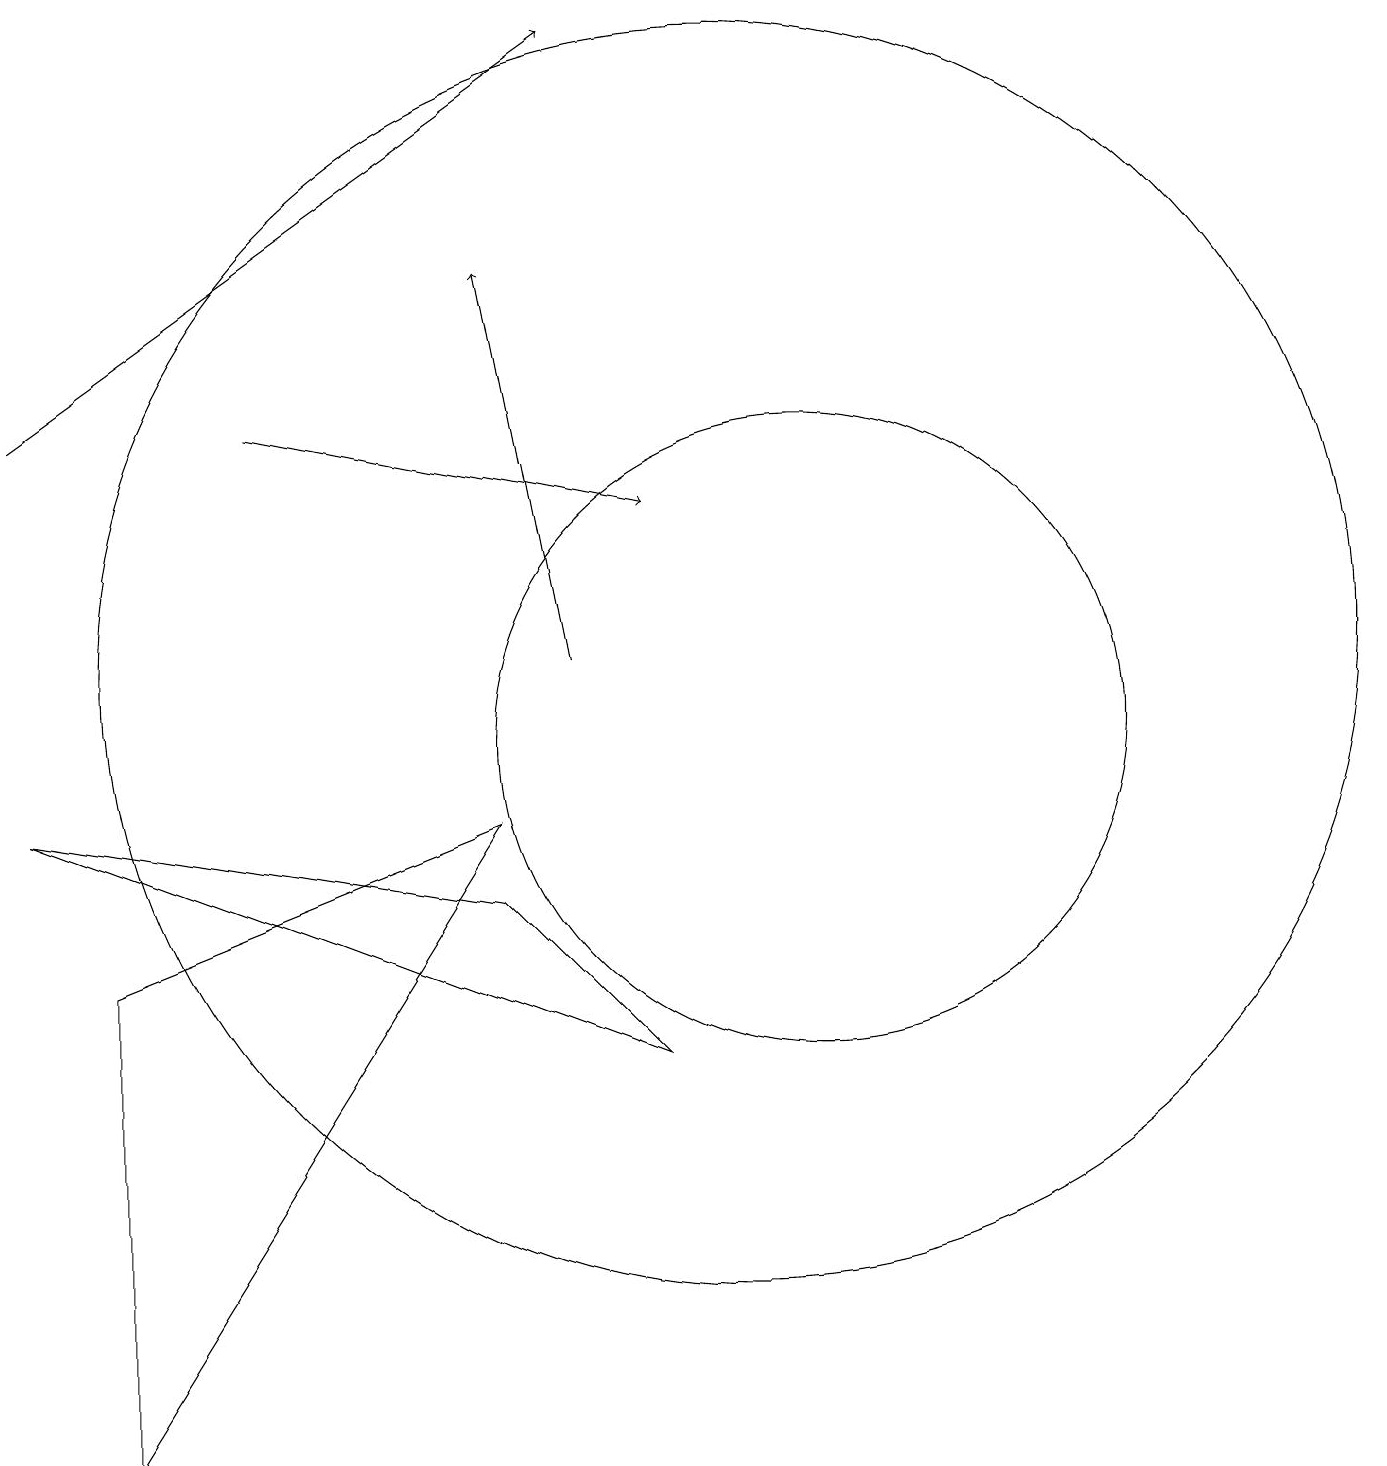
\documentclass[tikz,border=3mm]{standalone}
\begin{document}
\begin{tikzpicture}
\draw[->] (8,11) -- (7,16);
\draw[->] (4,14) -- (9,13);
\draw (11,10) circle (4);
\draw (2,7) -- (2,1) -- (7,9) -- cycle;
\draw (10,11) circle (8);
\draw[->] (1,14) -- (8,19);
\draw (9,6) -- (1,9) -- (7,8) -- cycle;
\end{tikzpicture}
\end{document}